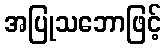
အပြုသဘောဖြင့်